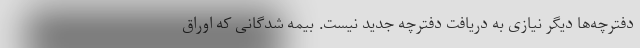
دفترچه‌ها دیگر نیازی به دریافت دفترچه جدید نیست. بیمه شدگانی که اوراق